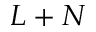
L + N